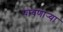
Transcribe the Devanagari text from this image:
पावणार्‍या